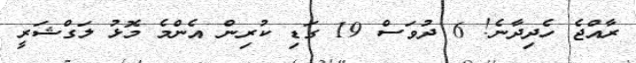
ރާއްޖެ ހެދިދާނެ! 6 ދުވަސް 19 ގަޑި ކުރިން އެންމެ މޮޅު ލަގްޝަރީ